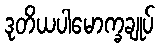
ဒုတိယပါမောက္ခချုပ်